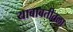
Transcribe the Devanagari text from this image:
याबाबतीतला